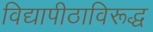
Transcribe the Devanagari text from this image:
विद्यापीठाविरूद्ध